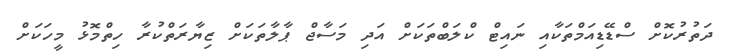
ދަތުރުކޮށް ސްޑޭޑިއަމްތަކާއި ނައިޓް ކްލަބްތަކަށް އަދި މަސާޖް ޕާލާތަކަށް ޒިޔާރަތްކުރާ ހިތްމޮޅު މީހަކަށް